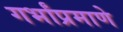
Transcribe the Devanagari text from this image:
गर्भांप्रमाणे